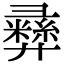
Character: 彞